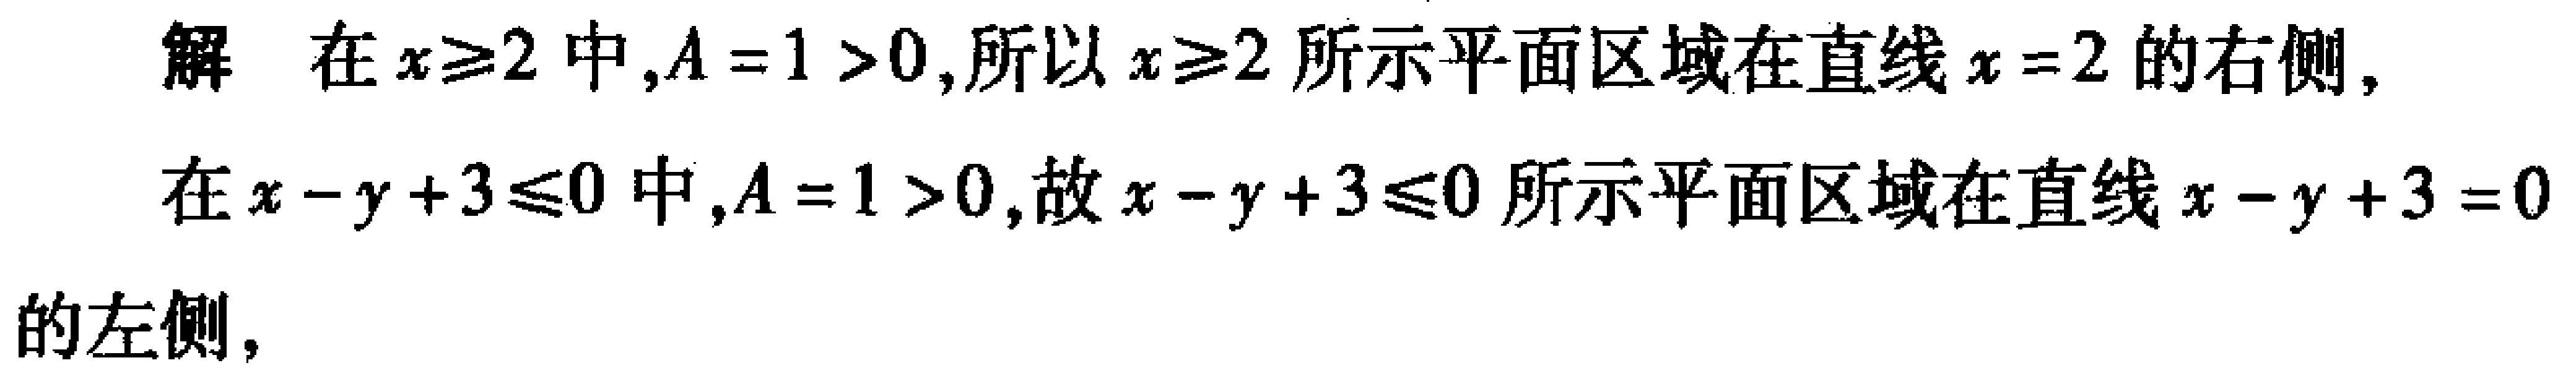
解 在\(x\geq2\)中,\(A = 1 > 0\),所以\(x\geq2\)所示平面区域在直线\(x = 2\)的右侧,

在\(x - y + 3\leq0\)中,\(A = 1 > 0\),故\(x - y + 3\leq0\)所示平面区域在直线\(x - y + 3 = 0\)的左侧,